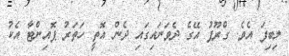
ލިބިފަ އެވެ. ގްރޫޕު އޭގެ ދެވަނައިގައި ދެން އޮތީ ހަތަރު ޕޮއިންޓާ އެކު